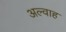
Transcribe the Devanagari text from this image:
अल्वाह